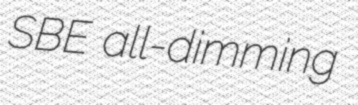
SBE all-dimming